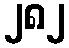
၂၈၂